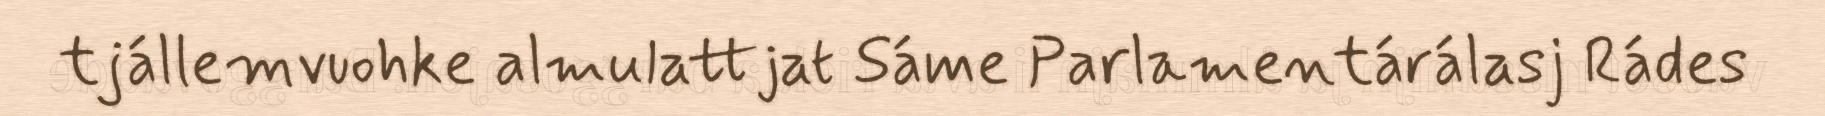
tjállemvuohke almulattjat Sáme Parlamentárálasj Rádes